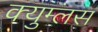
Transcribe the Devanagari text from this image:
क्युम्लस